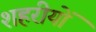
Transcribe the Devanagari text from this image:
शहरीयों